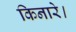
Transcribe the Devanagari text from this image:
किनारे।